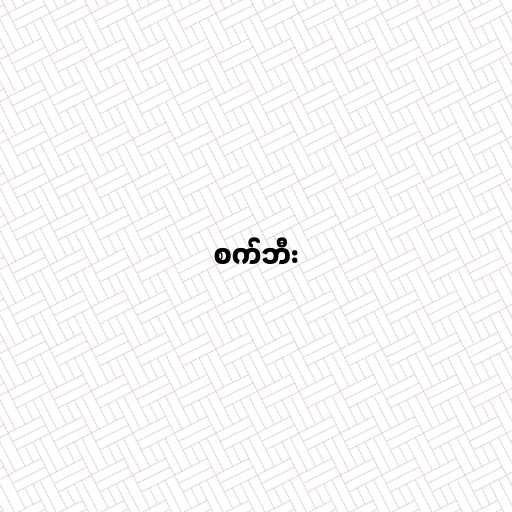
စက်ဘီး